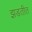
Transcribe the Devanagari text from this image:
झडतीत